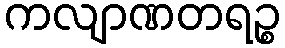
ကလျာဏတရဉ္စ